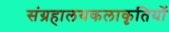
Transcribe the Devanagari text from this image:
संग्रहालयकलाकृतियों